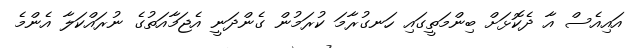
އައިއެސް އާ ދެކޮޅަށް ބިންމަތީގައި ހަނގުރާމަ ކުރަމުން ގެންދަނީ އެޖަމާއަތުގެ ނުރައްކަލާ އެންމެ